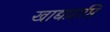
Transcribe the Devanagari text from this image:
खाद्यप्राप्ति